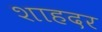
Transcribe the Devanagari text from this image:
शाहदर